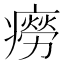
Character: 癆